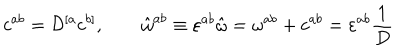
LaTeX: c ^ { a b } = { \cal D } ^ { [ a } c ^ { b ] } , \quad \quad \hat { \omega } ^ { a b } \equiv \varepsilon ^ { a b } \hat { \omega } = \omega ^ { a b } + c ^ { a b } = \varepsilon ^ { a b } { \frac { 1 } { D } }